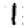
Digit: 1